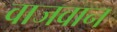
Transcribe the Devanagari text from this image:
वाजवान